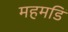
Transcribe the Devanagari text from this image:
महमडिं